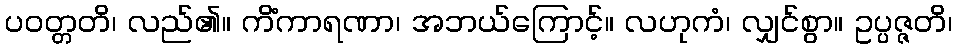
ပဝတ္တတိ၊ လည်၏။ ကိံကာရဏာ၊ အဘယ်ကြောင့်။ လဟုကံ၊ လျှင်စွာ။ ဥပ္ပဇ္ဇတိ၊